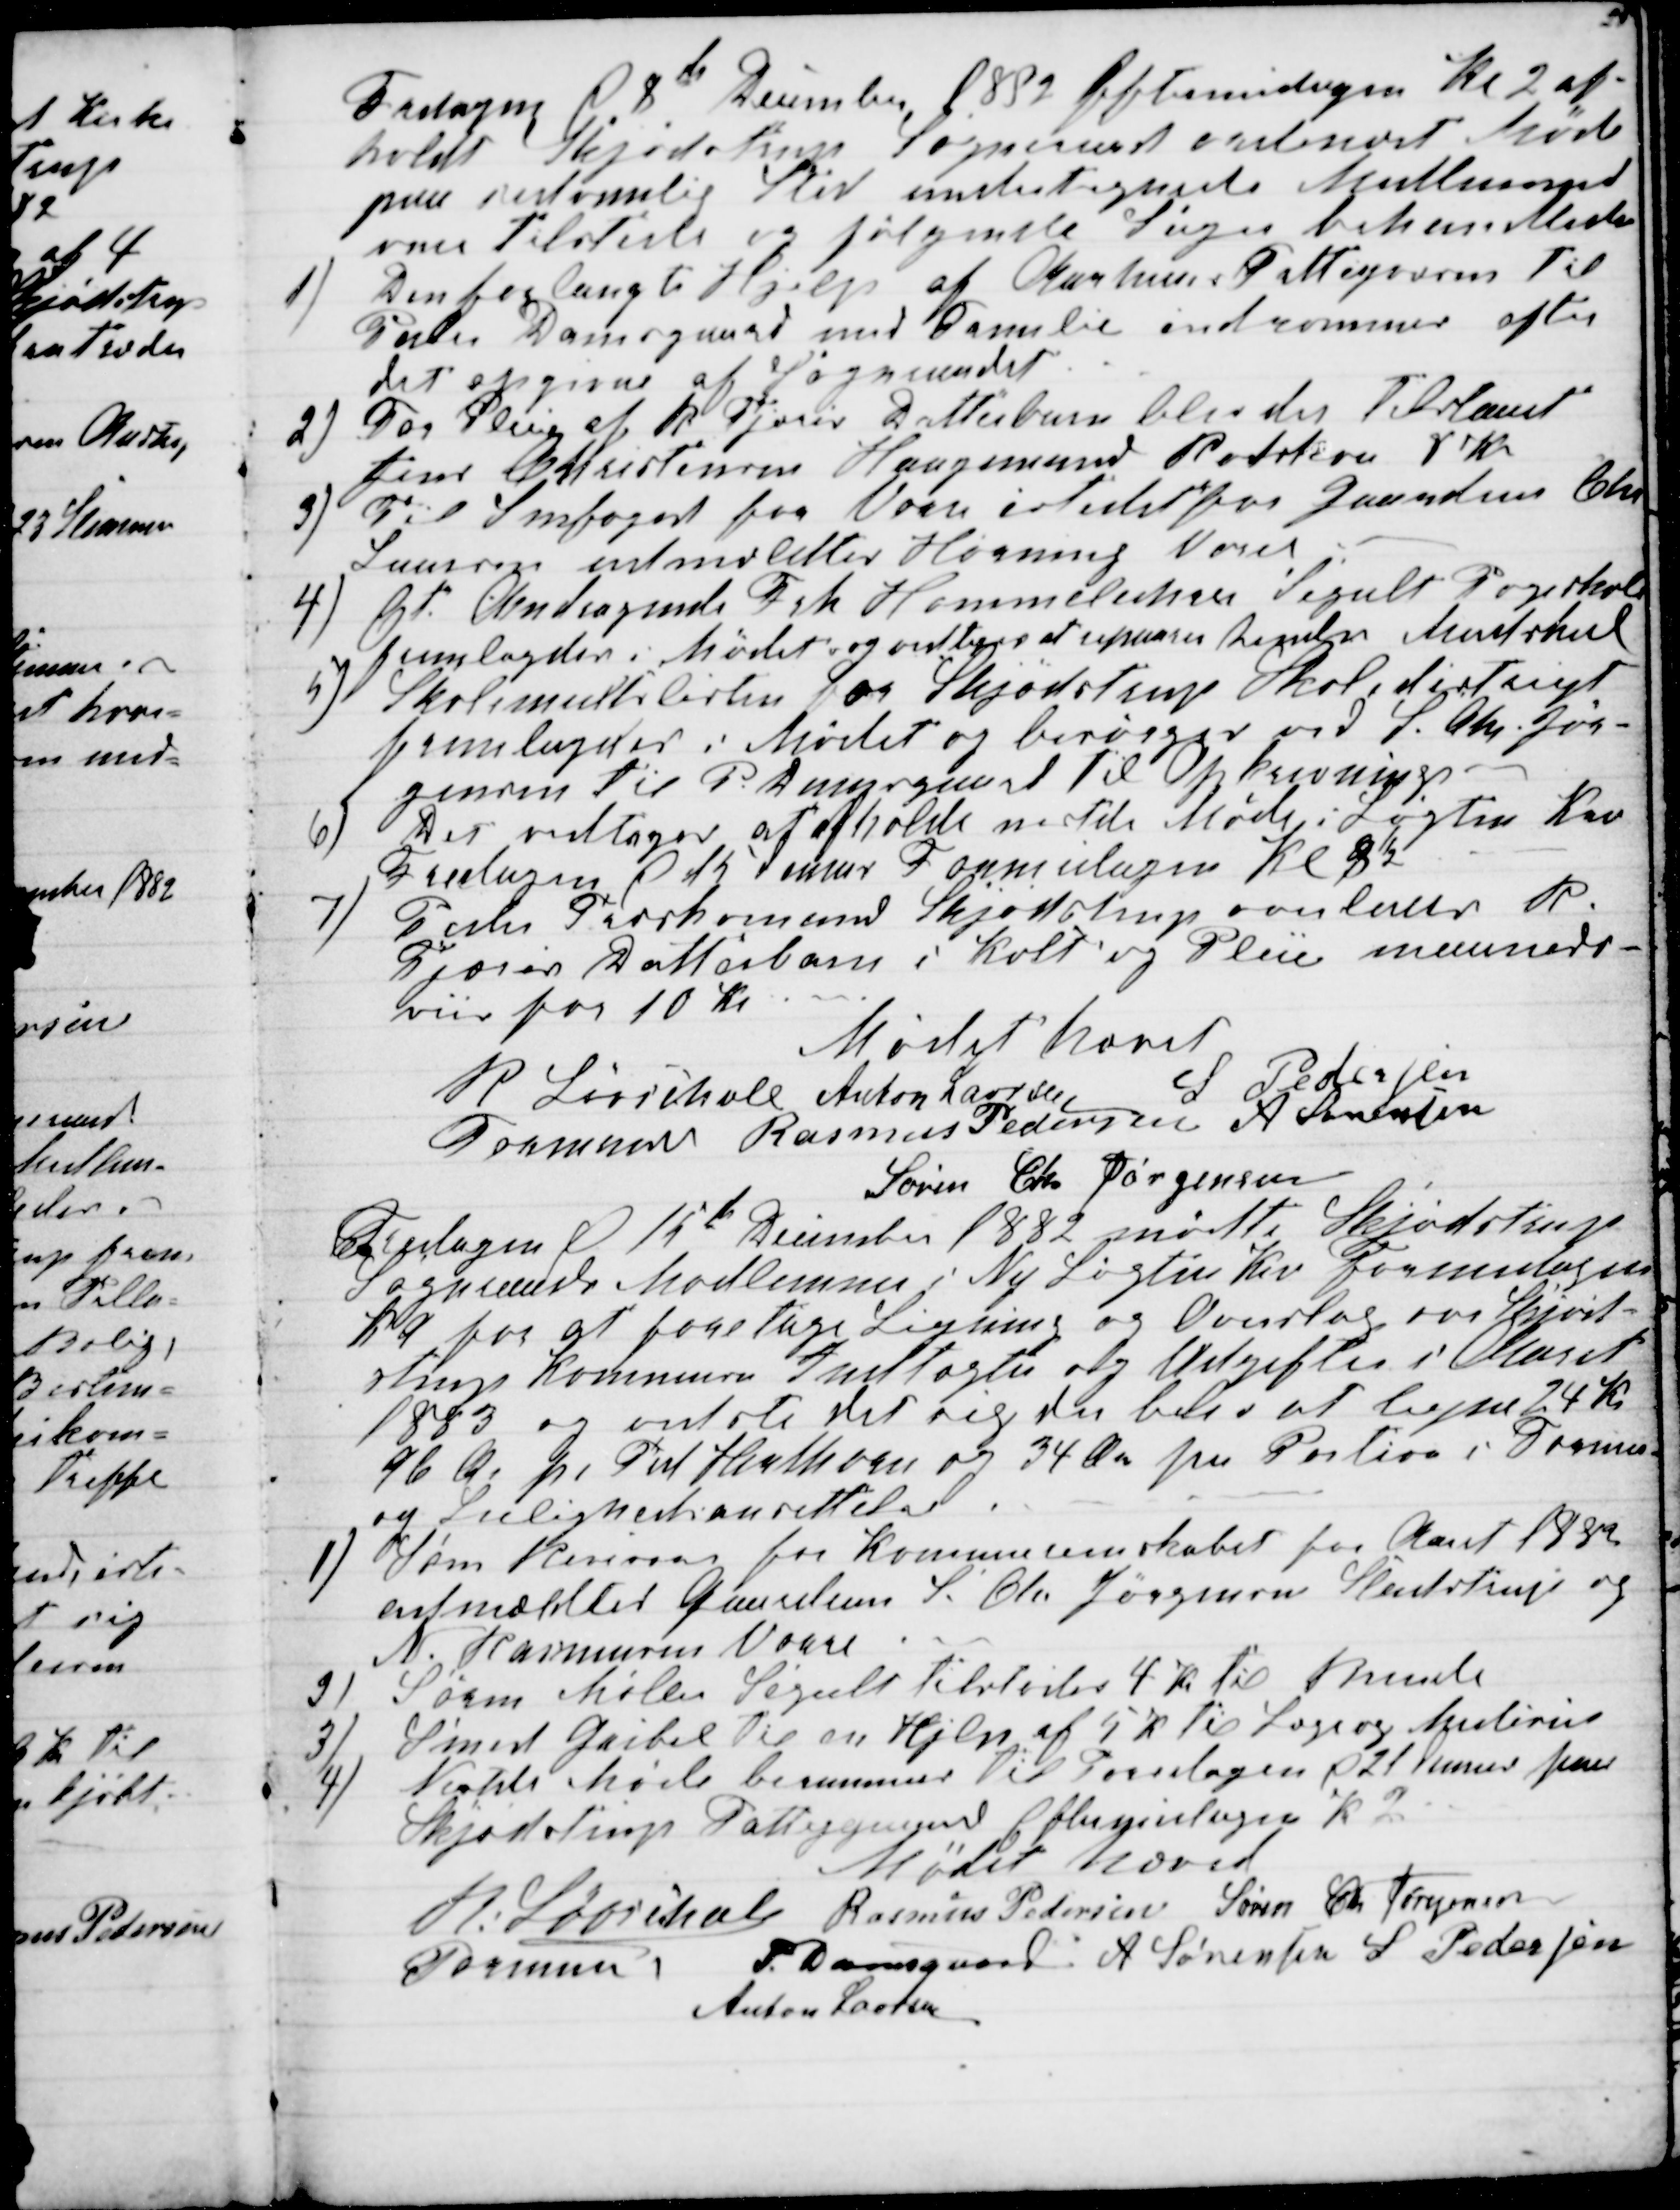
Transskription:
Fredagen d 8de December 1882 Eftermidagen Kl 2 af-
holdt Skjødstrup Sogneraad ordinært Møde
paa sedvanlig Sted undertegnede Medlemmer
vare tilstede og følgende Sager behandledes
1)
Den forlangte Hjelp af Aarhus Fattigvæsen til
Peder Damsgaard med Familie indrømmes efter
det opgivne af Sognraadet
2)
For Pleie af R. Tjoris Datterbarn blev der tilstaaet
Jens Christensen Haugemand Rodskou 8 Kr
3) Til Snefoged for Vorre istedetfor Gaardeier Chr
Laursen udmældtes Hørning Vorre
4)
Et Andragende Frk Hommeluhre Segalt Pogeskole
fremlagdes i Mødet og vedtoges at reparere hendes Madskul
5)
Skolemultslisten for Skjødstrup Skoledistrigt
fremlagdes i Mødet og besørges ved S. Chr. Jør-
gensen til P. Damsgaard til Opkrævning
6)
Det vedtoges at afholde nedste Møde i Løgten Kro
Fredagen d 15 Januar Formidagen Kl 8½
7)
Peder Træskomand Skjødstrup overlades R.
Tjoris Datterbarn i Kost og Pleie maaneds-
viis for 10 Kr
Mødet hævet
R Løvschall
Formand
Anton Laursen
S Pedersen
Rasmus Pedersen A Sørensen
Søren Chr Jørgensen
Fredagen d 15de December 1882 mødte Skjødstrup
Sogneraads Medlemmer i Ny Løgten Kro Formidagen
Kl 9 for at foretage Ligning og Overslag over Skjød-
strup Kommunes Indtægter og Udgifter i Aaret
1883 og vidste det sig der belev at ligne 24 Kr
96 Ør pr Td Hartkorn og 34 Øre pr Portion i Formue-
og Leilighedsansettelse.
1)
Som Revisorer for Kommunereinskabet for Aaret 1882
udmældtes Gaardeierne S. Chr Jørgensen Studstrup og
N. Rasmussens Vorre
2)
Søren Møller Segalt tilstodes 4 Kr til Brende
3)
Smed Gaibel til en Hjelp af 5 Kr til Læge og Medicin
4)
Nedste Møde berammes til Torsdagen d 21 Januar paa
Skjødstrup Fattiggaard Eftermidagen K 2
Mødet hævet
R. Løvschall
Formand
Rasmus Pedersen Søren Chr Jørgensen
P. Damsgaard. A. Sørensen S Pedersen
Anton Laursen